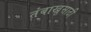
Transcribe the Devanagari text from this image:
तंबाखूसाठी